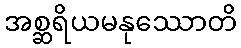
အစ္ဆရိယမနုဿောတိ